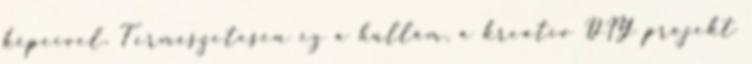
képeivel. Természetesen ez a hullám, a kreatív DIY projekt